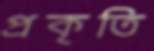
প্রকৃতি